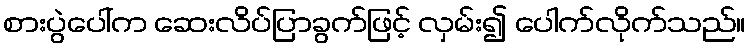
စားပွဲပေါ်က ဆေးလိပ်ပြာခွက်ဖြင့် လှမ်း၍ ပေါက်လိုက်သည်။